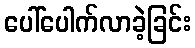
ပေါ်ပေါက်လာခဲ့ခြင်း